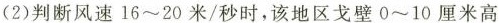
(2)判断风速16~20米/秒时，该地区戈壁0~10厘米高